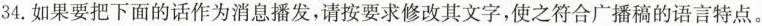
34.如果要把下面的话作为消息播发，请按要求修改其文字，使之符合广播稿的语言特点。